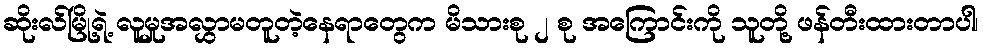
ဆိုးလ်မြို့ရဲ့ လူမှုအလွှာမတူတဲ့နေရာတွေက မိသားစု ၂ စု အကြောင်းကို သူတို့ ဖန်တီးထားတာပါ၊